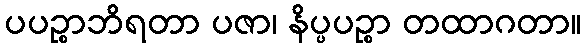
ပပဉ္စာဘိရတာ ပဇာ၊ နိပ္ပပဉ္စာ တထာဂတာ။